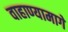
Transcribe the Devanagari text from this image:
वाहाण्यामागे